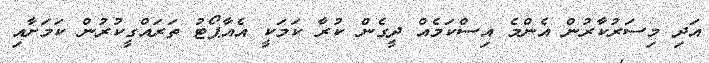
އަދި މިސަރުކާރުން އެންމެ އިސްކަމެއް ދީގެން ކުރާ ކަމަކީ އެއާޕޯޓު ތަރައްގީކުރުން ކަމަށާއި